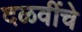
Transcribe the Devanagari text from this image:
दळवींचे